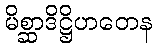
မိစ္ဆာဒိဋ္ဌိဟတေန